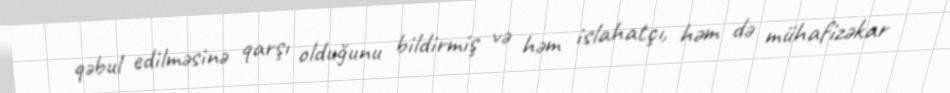
qəbul edilməsinə qarşı olduğunu bildirmiş və həm islahatçı, həm də mühafizəkar